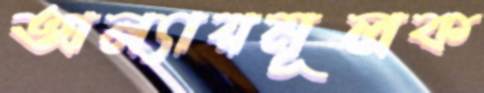
অন্যায়মূলক